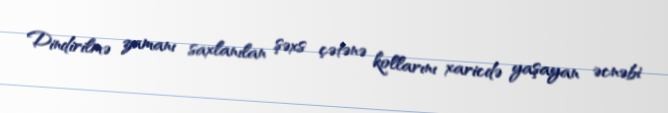
Dindirilmə zamanı saxlanılan şəxs çətənə kollarını xaricdə yaşayan əcnəbi